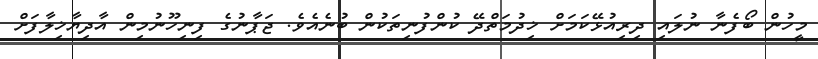
މީހުން ބޯފެނާ ނުލައި ދިރިއުޅޭކަމަށް ޚިދުމަތްދޭ ކުންފުނިތަކުން ބުނެއެވެ. ޖަޕާނުގެ ފިނިހޫނުމިން އާދިޔާޚިލާފަށް